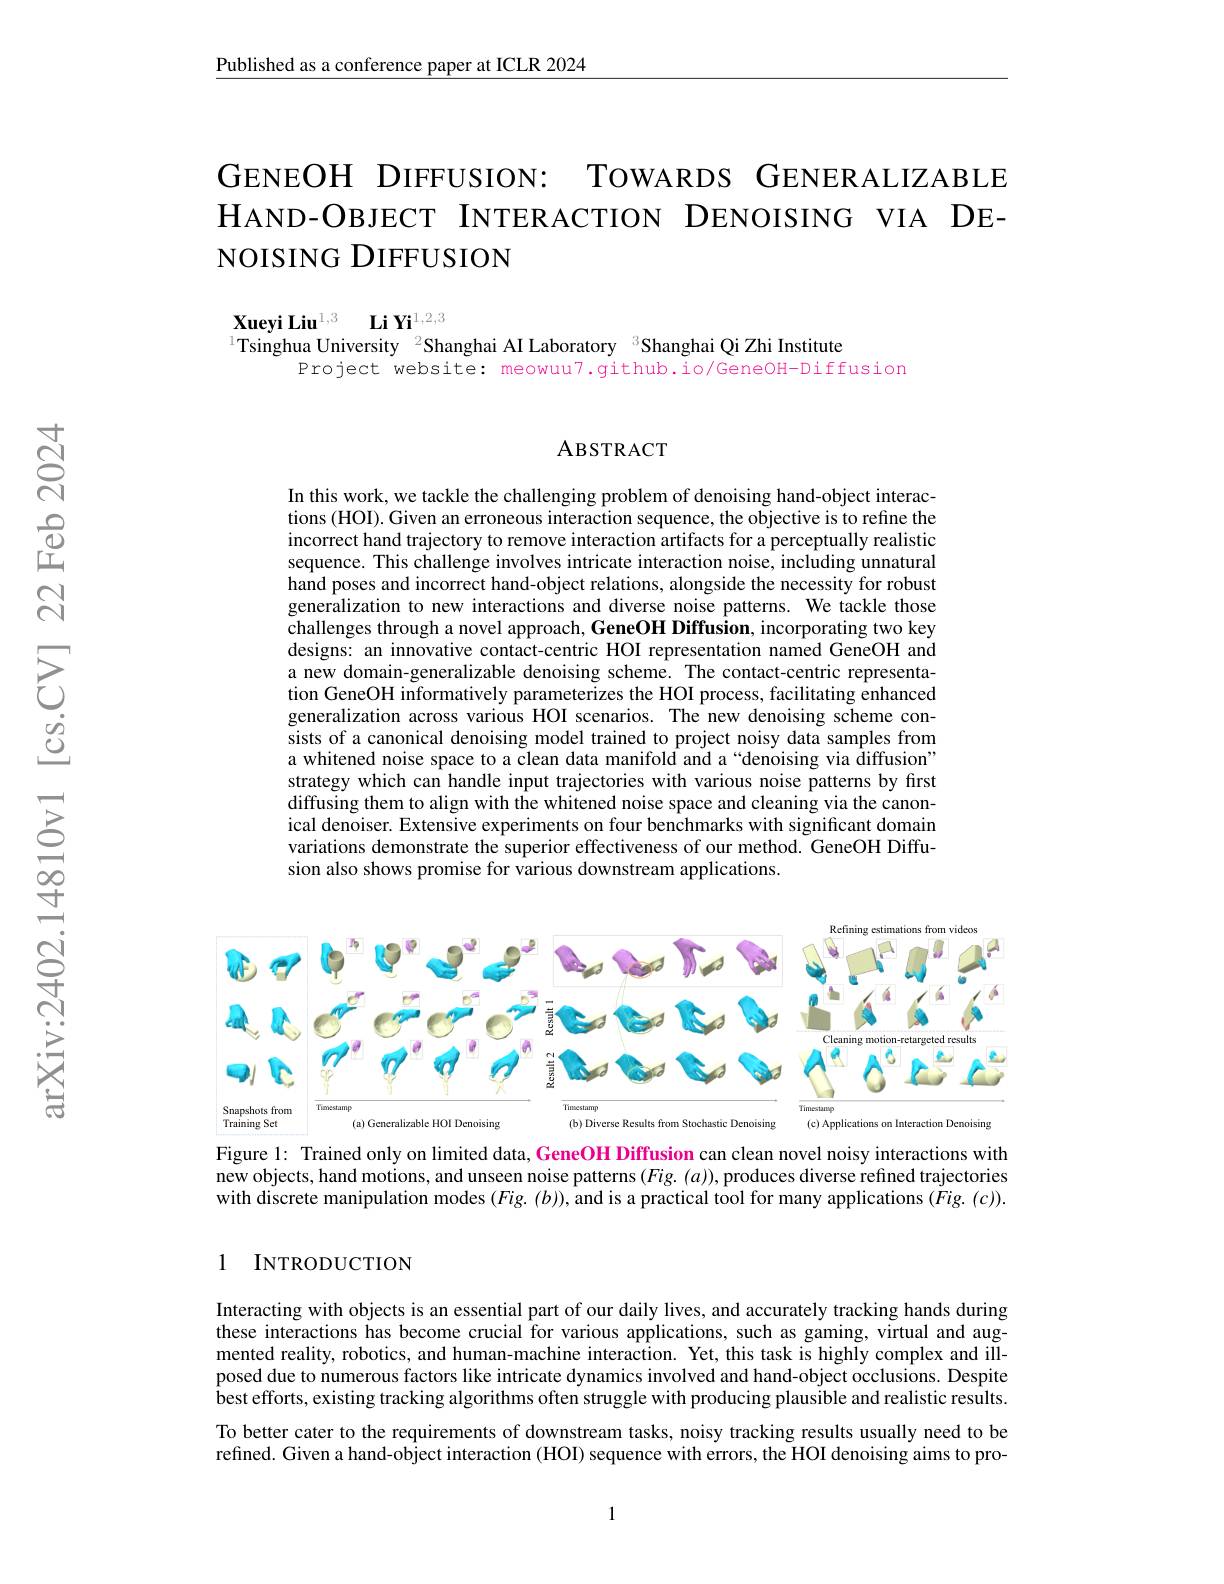
$\underline{\text{Published as a conference paper at ICLR 2024}}$

GENEOH DIFFUSION: TOWARDS GENERALIZABLE HAND-OBJECT INTERACTION DENOISING VIA DENOISING DIFFUSION

$\textbf{Xueyi Liu}^{1, 3}$ $\textbf{Li Yi}^{1, 2, 3}$
Tsinghua University $^{2}$Shanghai AI Laboratory $^{3}$Shanghai Qi Zhi Institute
Project website: meowuu7.github.io/GeneOH-Diffusion

### ABSTRACT

In this work, we tackle the challenging problem of denoising hand-object interactions (HOI). Given an erroneous interaction sequence, the objective is to refine the incorrect hand trajectory to remove interaction artifacts for a perceptually realistic sequence. This challenge involves intricate interaction noise, including unnatural hand poses and incorrect hand-object relations, alongside the necessity for robust generalization to new interactions and diverse noise patterns. We tackle those challenges through a novel approach, GeneOH Diffusion, incorporating two key designs: an innovative contact-centric HOI representation named GeneOH and a new domain-generalizable denoising scheme. The contact-centric representation GeneOH informatively parameterizes the HOI process, facilitating enhanced generalization across various HOI scenarios. The new denoising scheme consists of a canonical denoising model trained to project noisy data samples from a whitened noise space to a clean data manifold and a“denoising via diffusion” strategy which can handle input trajectories with various noise patterns by first diffusing them to align with the whitened noise space and cleaning via the canonical denoiser. Extensive experiments on four benchmarks with significant domain variations demonstrate the superior effectiveness of our method. GeneOH Diffusion also shows promise for various downstream applications.

<FigureHere>

Figure 1: Trained only on limited data, GeneOH Diffusion can clean novel noisy interactions with new objects, hand motions, and unseen noise patterns $(Fig.(a))$, produces diverse refined trajectories with discrete manipulation modes $(Fig.(b))$,and is a practical tool for many applications $(\vec{F}ig.(c)).$

### 1 INTRODUCTION

Interacting with objects is an essential part of our daily lives, and accurately tracking hands during these interactions has become crucial for various applications, such as gaming, virtual and augmented reality, robotics, and human-machine interaction. Yet, this task is highly complex and illposed due to numerous factors like intricate dynamics involved and hand-object occlusions. Despite best efforts, existing tracking algorithms often struggle with producing plausible and realistic results. To better cater to the requirements of downstream tasks, noisy tracking results usually need to be refined. Given a hand-object interaction (HOI) sequence with errors, the HOI denoising aims to pro-

1